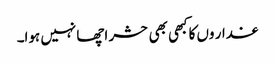
غدار وں کاکبھی بھی حشر اچھا نہیں ہوا۔